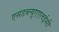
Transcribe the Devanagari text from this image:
एसडब्ल्यूएएलईसी